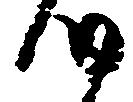
つ